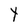
Character: t